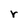
Character: r